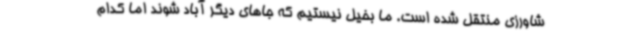
شاورزی منتقل شده است. ما بخیل نیستیم که جاهای دیگر آباد شوند اما کدام